system: You are a helpful assistant.
user:
Analyze the provided spectrum to determine if it is a **S-type Star**.

- **Key Indicators for S-type Star:**

    - **(Overall Spectrum Shape):** The first and most obvious characteristic is the overall continuum (the "baseline" shape). It is **extremely "red-sloping,"** meaning the flux (light intensity) is very low on the left side (blue, ~4000-4500 Å) and rises steeply and continuously toward the right side (red, ~7000 Å+).

    - **(Primary):** The spectrum is defined by the presence of strong, broad molecular absorption "valleys" (bands) from **Zirconium Oxide (ZrO)**. The identification of these bands is the **primary requirement** for classifying a star as S-type.
        - **(Key Bandheads):** You must find distinct, deep "dips" where the light has been absorbed. The most critical band systems to locate are:
            - **~6474 Å** ($\gamma$-system): This is often the strongest and clearest ZrO feature, found in the red part of the spectrum.
            - **~5718 Å** & **~5551 Å** ($\beta$-system): A pair of prominent absorption features in the yellow-orange part of the spectrum.
            - **~4640 Å** ($\alpha$-system): A key absorption band system in the blue-green region of the spectrum.

    - **(Secondary Confirmation):** The classification is strengthened by finding additional absorption bands from other related heavy element oxides, which are expected to be present alongside ZrO.
        - **(Key Bandheads):**
            - **Yttrium Oxide (YO):** Look for absorption dips near **~4800 Å** and **~6100 Å**.
            - **Lanthanum Oxide (LaO):** Additional absorption features, particularly in the red-orange part of the spectrum, are also characteristic.

    - **(Line Profile):** The combination of the steep red continuum and these numerous, deep molecular bands (ZrO, YO, etc.) gives the entire spectrum a very **"chopped-up"** or **"bumpy"** appearance. Instead of a smooth curve, the spectrum looks as though large, wide chunks of light have been "carved out" of it at the specific wavelengths listed above.

Think first, call **spectral_visualization_tool** if needed to examine features in detail, then provide your final answer. Your response must adhere to the following strict rules:
1.  **Overall Structure:** Your response must follow the format `<think>...</think> <tool_call>...</tool_call> (if a tool is used) <answer>...</answer>`.
2.  **Tool Usage Constraint:** You may only make **one** tool call per turn.
3.  **Final Answer Format:** In the `<answer>` tag, your conclusion must be inside a `\boxed{}` command (e.g., `\boxed{YES}` or `\boxed{NO}`), followed by your justification.

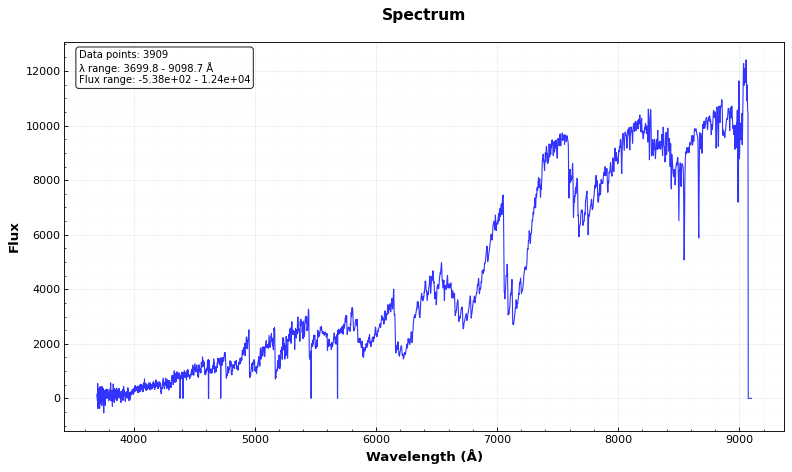
Answer: YES